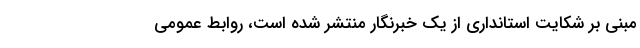
مبنی بر شکایت استانداری از یک خبرنگار منتشر شده است، روابط عمومی